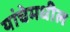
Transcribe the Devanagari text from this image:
यांचेमधील